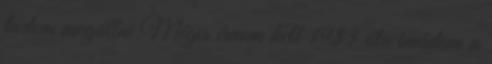
tudom megállni Mégis írnom kell 1983 óta imádom a